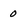
Character: 0